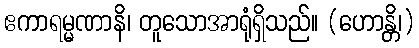
ဧကာရမ္မဏာနိ၊ တူသောအာရုံရှိသည်။ (ဟောန္တိ၊)